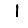
Digit: 1